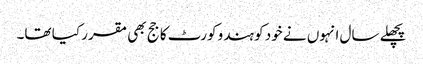
پچھلے سال انہوں نے خود کو ہندو کورٹ کا جج بھی مقرر کیا تھا۔